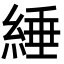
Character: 綞